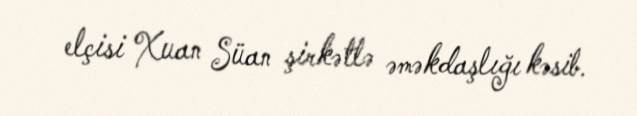
elçisi Xuan Süan şirkətlə əməkdaşlığı kəsib.